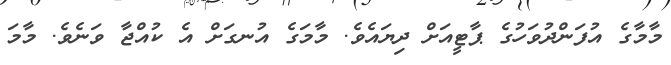
މާމާގެ އުފަންދުވަހުގެ ޕާޓީއަށް ދިޔައެވެ. މާމަގެ އުނގަށް އެ ކުއްޖާ ވަނެވެ. މާމަ